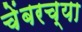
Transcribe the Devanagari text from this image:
चेंबरच्या